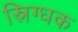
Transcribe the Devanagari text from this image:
स्निग्धक